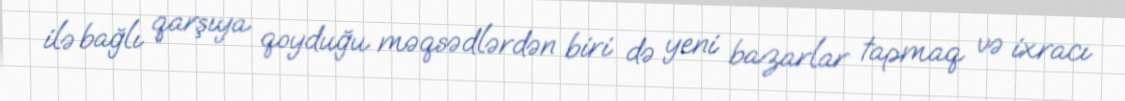
ilə bağlı qarşıya qoyduğu məqsədlərdən biri də yeni bazarlar tapmaq və ixracı